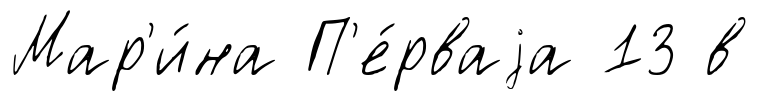
Мар'и́на П'е́рваjа 13 в